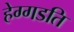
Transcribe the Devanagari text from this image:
हेग्गडति